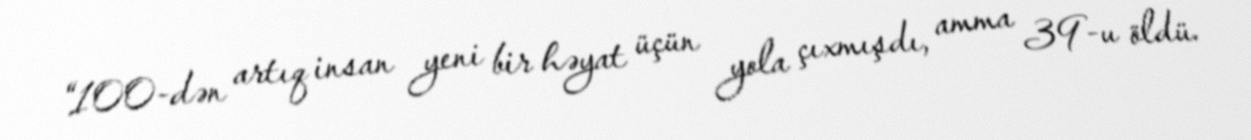
“100-dən artıq insan yeni bir həyat üçün yola çıxmışdı, amma 39-u öldü.